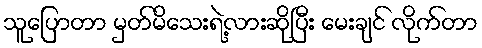
သူပြောတာ မှတ်မိသေးရဲ့လားဆိုပြီး မေးချင် လိုက်တာ